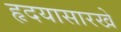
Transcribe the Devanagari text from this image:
हृदयासारखे